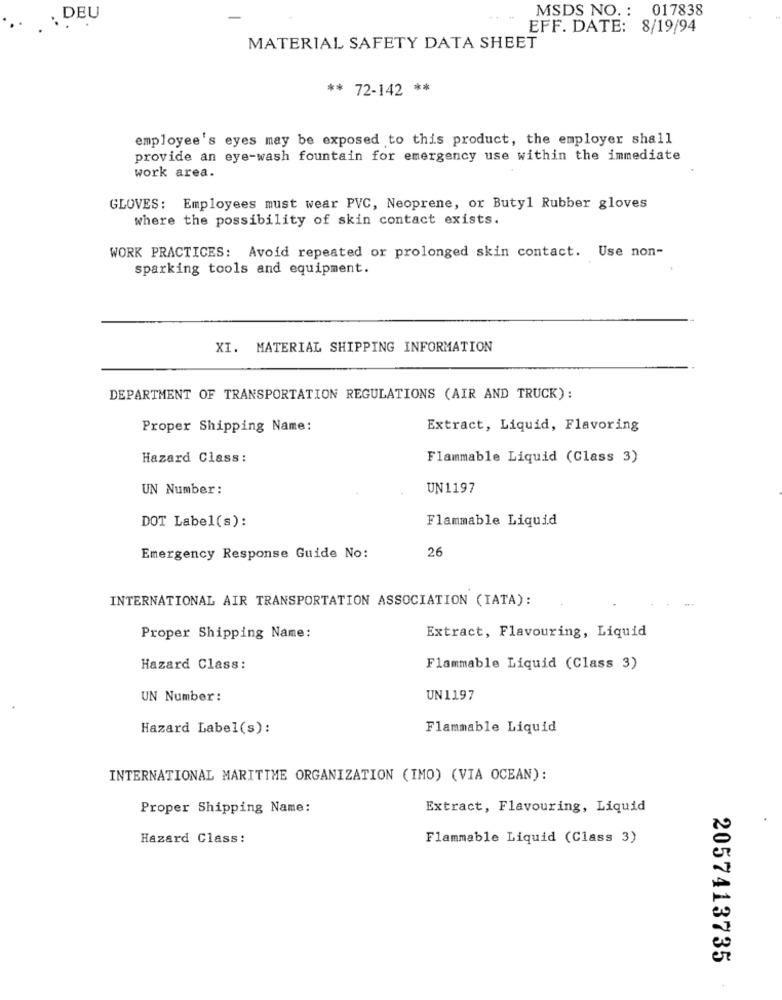
MSDS NO .: 017838
. DEU
...
EFF. DATE: 8/19/94
MATERIAL SAFETY DATA SHEET
** 72-142 **
employee's eyes may be exposed to this product, the employer shall
provide an eye-wash fountain for emergency use within the immediate
work area.
GLOVES: Employees must wear PVC, Neoprene, or Butyl Rubber gloves
where the possibility of skin contact exists.
WORK PRACTICES: Avoid repeated or prolonged skin contact. Use non-
sparking tools and equipment.
XI. MATERIAL SHIPPING INFORMATION
DEPARTMENT OF TRANSPORTATION REGULATIONS (AIR AND TRUCK):
Proper Shipping Name:
Extract, Liquid, Flavoring
Hazard Class:
Flammable Liquid (Class 3)
UN Number:
UN1197
DOT Label(s):
Flammable Liquid
26
Emergency Response Guide No:
INTERNATIONAL AIR TRANSPORTATION ASSOCIATION (IATA):
Proper Shipping Name:
Extract, Flavouring, Liquid
Hazard Class:
Flammable Liquid (Class 3)
UN Number:
UN 1197
Hazard Label(s):
Flammable Liquid
INTERNATIONAL MARITIME ORGANIZATION (IMO) (VIA OCEAN):
Proper Shipping Name:
Extract, Flavouring, Liquid
Hazard Class:
Flammable Liquid (Class 3)
2057413735